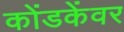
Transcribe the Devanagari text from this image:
कोंडकेंवर